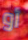
أو